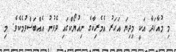
މި މުއާހަދާ އަކީ މިދިޔަ އަހަރު އެމެރިކާގެ ނިއުޔޯކްގައި ވެވުނު އެއްބަސްވުމެކެވެ. މި